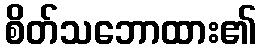
စိတ်သဘောထား၏